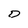
Character: D